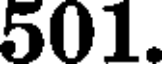
501.